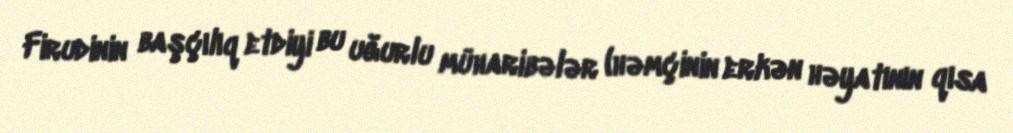
Firudinin başçılıq etdiyi bu uğurlu müharibələr (həmçinin erkən həyatının qısa